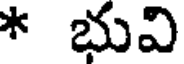
* భువి